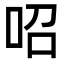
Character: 𠰉